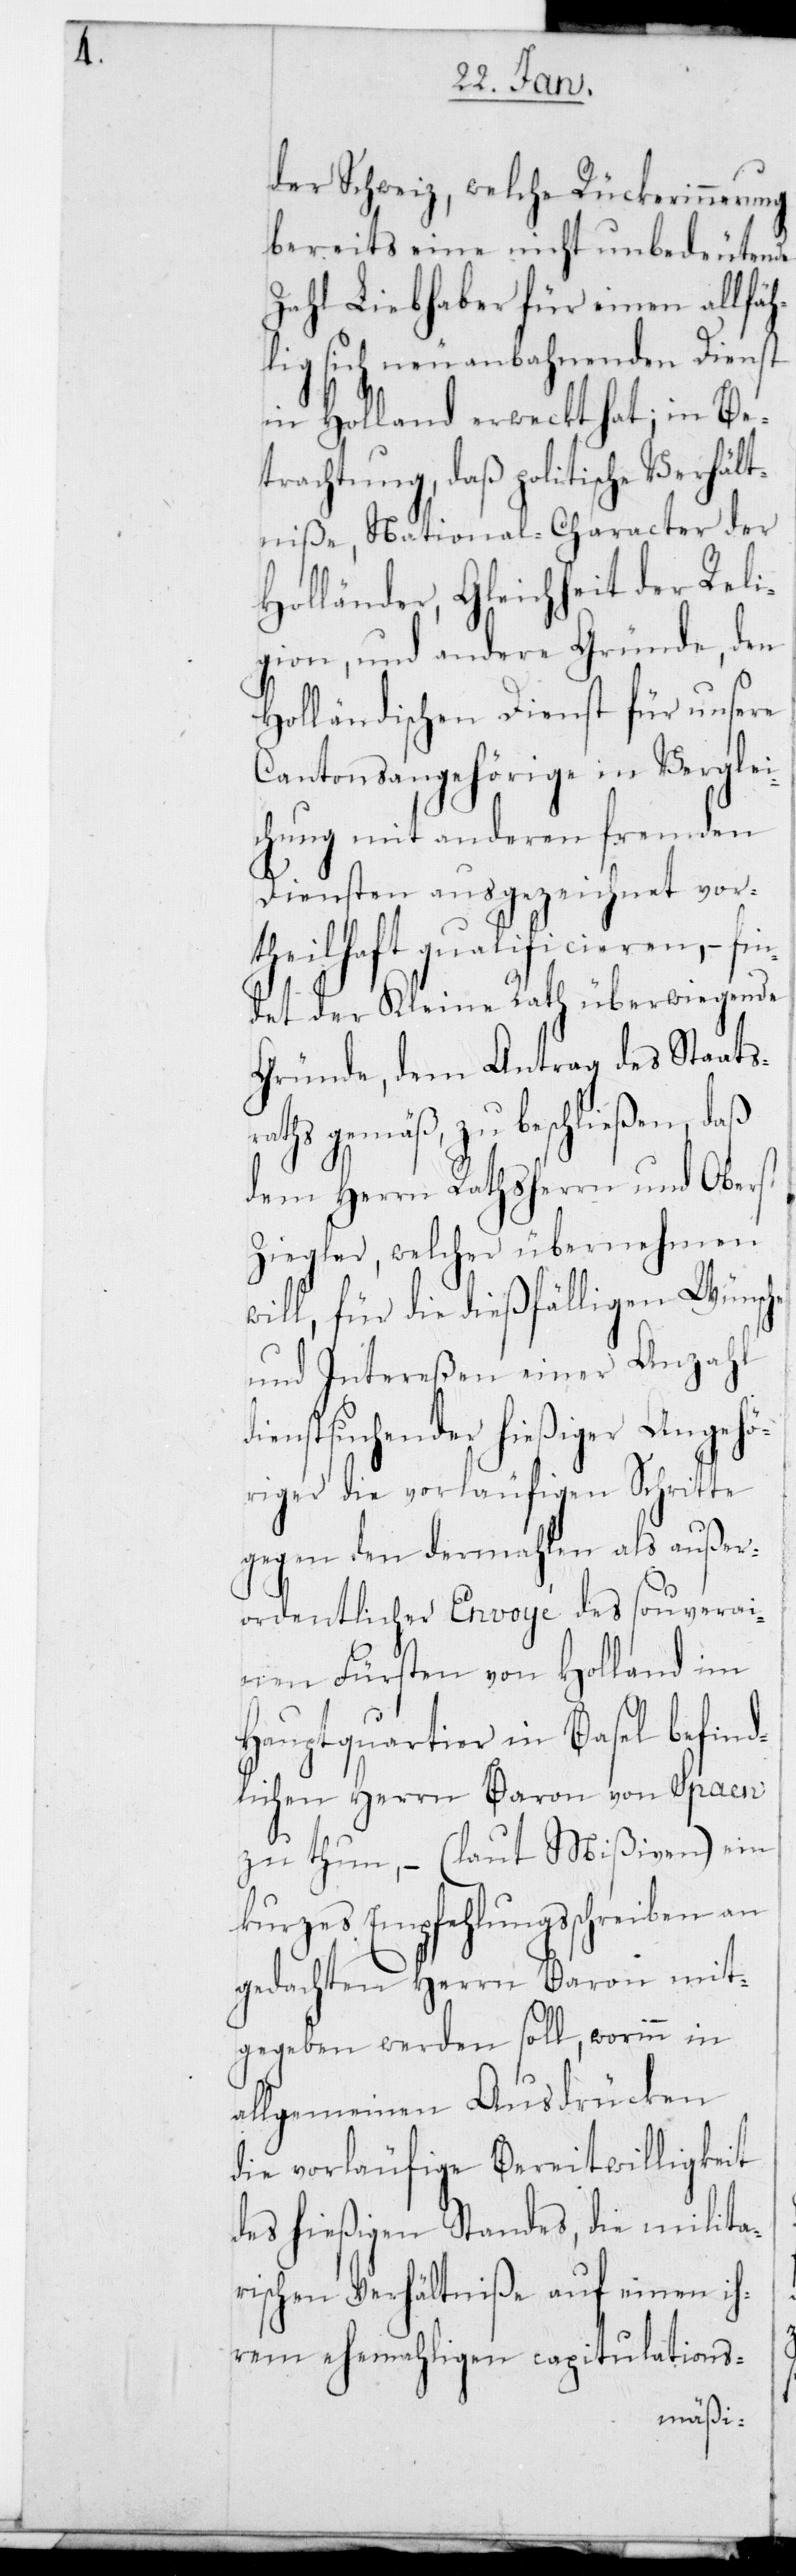
der Schweiz, welche Rückerinnerung
bereits eine nicht unbedeutende
Zahl Liebhaber für einen allfäh¬
lig sich neu anbahnenden Dienst
in Holland erweckt hat; in Be¬
trachtung, daß politische Verhält¬
niße, National-Character der
Holländer, Gleichheit der Reli¬
gion und andere Gründe, den
Holländischen Dienst für unsere
Cantonsangehörige in Verglei¬
chung mit anderen fremden
Diensten ausgezeichnet vor¬
theilhaft qualificieren, – fin¬
det der Kleine Rath überwiegende
Gründe, dem Antrag des Staats¬
raths gemäß zu beschließen, daß
dem Herrn Rathsherrn und Oberst
Ziegler, welcher übernehmen
will, für die dießfälligen Wünsche
und Intereßen einer Anzahl
dienstsuchender hießiger Angehö¬
riger die vorläufigen Schritte
gegen den dermahlen als außer¬
ordentlicher Envoyé des souverai¬
nen Fürsten von Holland im
Hauptquartier in Basel befind¬
lichen Herrn Baron von Spaen
zu thun, – (laut Mißiven) ein
kurzes Empfehlungsschreiben an
gedachten Herrn Baron mit¬
gegeben werden soll, worinn in
allgemeinen Ausdrücken
die vorläufige Bereitwilligkeit
des hießigen Standes, die milita¬
irischen Verhältniße auf einen ih¬
rem ehemaligen capitulations-